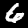
Label: 6